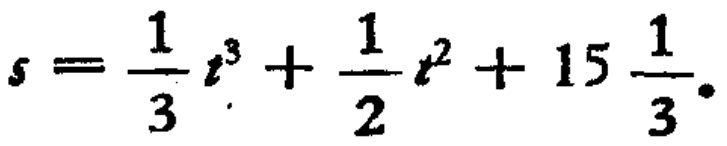
\[
s = \frac{1}{3}t^{3}+\frac{1}{2}t^{2}+15\frac{1}{3}
\]